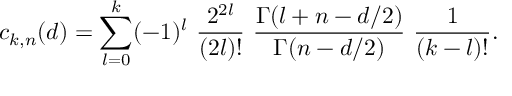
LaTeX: c _ { k , n } ( d ) = \sum _ { l = 0 } ^ { k } ( - 1 ) ^ { l } ~ { \frac { 2 ^ { 2 l } } { ( 2 l ) ! } } ~ { \frac { \Gamma ( l + n - d / 2 ) } { \Gamma ( n - d / 2 ) } } ~ { \frac { 1 } { ( k - l ) ! } } .